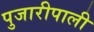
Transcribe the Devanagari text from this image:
पुजारीपाली